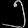
Digit: ၅